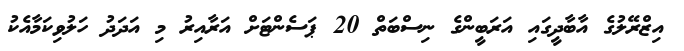
އިޒްރޭލުގެ އާބާދީގައި އަރަބީންގެ ނިސްބަތް 20 ޕަސެންޓަށް އަރާއިރު މި އަދަދު ހަލުވިކަމާއެކު